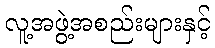
လူ့အဖွဲ့အစည်းများနှင့်